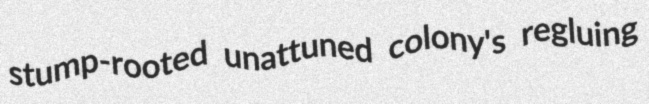
stump-rooted unattuned colony's regluing